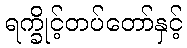
ရက္ခိုင့်တပ်တော်နှင့်